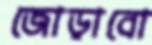
জোড়াবো